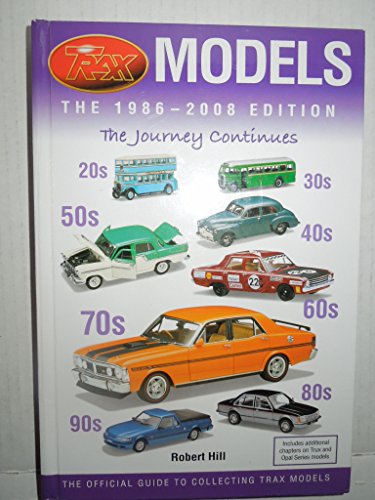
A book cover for Trax Models 1986-2008 Ed the Journey Continues Diecast Car Book Collectors Guide; trax models; Crafts, Hobbies & Home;